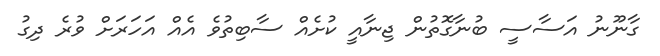
ގާނޫނު އަސާސީ ބުނާގޮތުން ޖިނާއީ ކުށެއް ސާބިތުވެ އެއް އަހަރަށް ވުރެ ދިގު